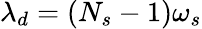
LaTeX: \lambda_{d}=(N_{s}-1)\omega_{s}